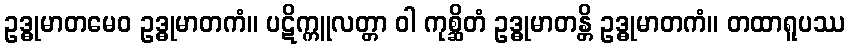
ဥဒ္ဓုမာတမေဝ ဥဒ္ဓုမာတကံ။ ပဋိက္ကူလတ္တာ ဝါ ကုစ္ဆိတံ ဥဒ္ဓုမာတန္တိ ဥဒ္ဓုမာတကံ။ တထာရူပဿ